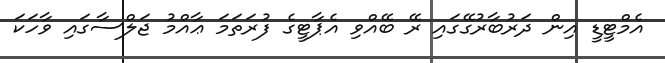
އެމްޓީޑީ އިން ދަރުބާރުގޭގައި ރޭ ބޭއްވި އެޕާޓީގެ ފުރަތަމަ ޢާއްމު ޖަލްސާގައި ވާހަކަ